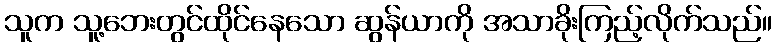
သူက သူ့ဘေးတွင်ထိုင်နေသော ဆွန်ယာကို အသာခိုးကြည့်လိုက်သည်။